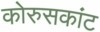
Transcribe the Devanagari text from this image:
कोरुसकांट